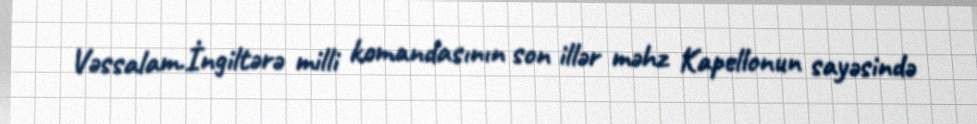
Vəssalam.İngiltərə milli komandasının son illər məhz Kapellonun sayəsində